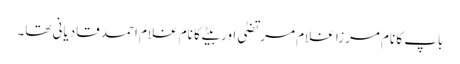
باپ کا نام مرزا غلام مرتضیٰ اور بیٹے کا نام غلام احمد قادیانی تھا۔